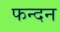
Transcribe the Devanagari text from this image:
फन्दन